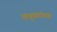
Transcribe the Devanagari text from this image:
वधुवरांच्या